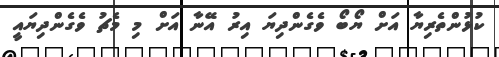
ކުޅުންތެރިޔާ އަށް ޔޯބޯ ވެގެންދިޔަ އިރު އޭނާ އަށް މި މެޗު ވެގެންދިޔައީ